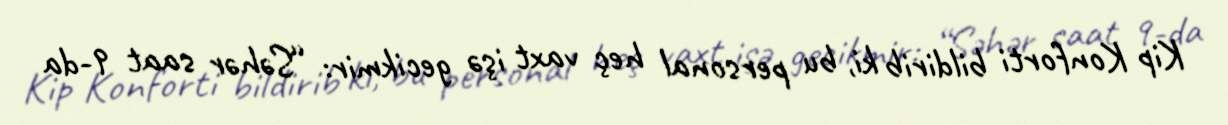
Kip Konforti bildirib ki, bu personal heç vaxt işə gecikmir: “Səhər saat 9-da